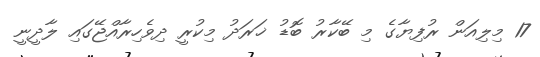
17 މިލިއަން ރުފިޔާގެ މި ބޭކާރު ބޮޑު ޚަރަދު މިކުރީ ދިވެހިރާއްޖޭގައި ލާދީނީ